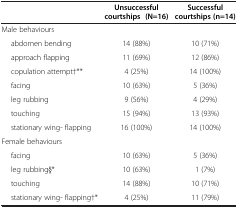
<table><thead><tr><td><b> </b></td><td><b> </b></td><td><b>Unsuccessful courtships (N=16)</b></td><td><b>Successful courtships (n=14)</b></td></tr></thead><tbody><tr><td> </td><td> </td><td> </td><td> </td></tr><tr><td> </td><td> </td><td>Male behaviours</td><td> </td></tr><tr><td> </td><td> abdomen bending</td><td>14 (88%)</td><td>10 (71%)</td></tr><tr><td> </td><td> approach flapping</td><td>11 (69%)</td><td>12 (86%)</td></tr><tr><td> </td><td> copulation attempt†**</td><td>4 (25%)</td><td>14 (100%)</td></tr><tr><td> </td><td> facing</td><td>10 (63%)</td><td>5 (36%)</td></tr><tr><td> </td><td> leg rubbing</td><td>9 (56%)</td><td>4 (29%)</td></tr><tr><td> </td><td> touching</td><td>15 (94%)</td><td>13 (93%)</td></tr><tr><td> </td><td> stationary wing- flapping</td><td>16 (100%)</td><td>14 (100%)</td></tr><tr><td> </td><td> </td><td>Female behaviours</td><td> </td></tr><tr><td> </td><td> </td><td> </td><td> </td></tr><tr><td> </td><td> facing</td><td>10 (63%)</td><td>5 (36%)</td></tr><tr><td> </td><td> leg rubbing§*</td><td>10 (63%)</td><td>1 (7%)</td></tr><tr><td> </td><td> touching</td><td>14 (88%)</td><td>10 (71%)</td></tr><tr><td> </td><td> stationary wing- flapping†*</td><td>4 (25%)</td><td>11 (79%)</td></tr></tbody></table>